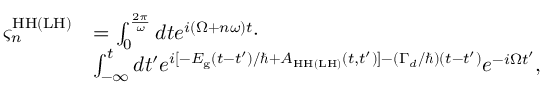
\begin{array} { r l } { \varsigma _ { n } ^ { \mathrm { H H } ( \mathrm { L H } ) } } & { = \int _ { 0 } ^ { \frac { 2 \pi } { \omega } } d t e ^ { i ( \Omega + n \omega ) t } \cdot } \\ & { \int _ { - \infty } ^ { t } d t ^ { \prime } e ^ { i [ - E _ { \mathrm { g } } ( t - t ^ { \prime } ) / \hbar + A _ { \mathrm { H H } ( \mathrm { L H } ) } ( t , t ^ { \prime } ) ] - ( \Gamma _ { d } / \hbar ) ( t - t ^ { \prime } ) } e ^ { - i \Omega t ^ { \prime } } , } \end{array}